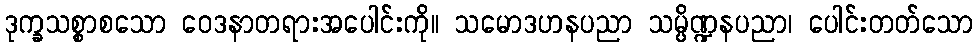
ဒုက္ခသစ္စာစသော ဝေဒနာတရားအပေါင်းကို။ သမောဒဟနပညာ သမ္ပိဏ္ဍနပညာ၊ ပေါင်းတတ်သော